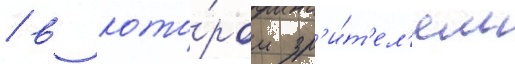
/ в кото́ром зр'и́т'ел'ям